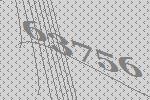
63756